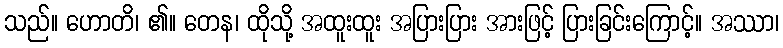
သည်။ ဟောတိ၊ ၏။ တေန၊ ထိုသို့ အထူးထူး အပြားပြား အားဖြင့် ပြားခြင်းကြောင့်။ အဿာ၊